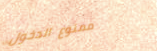
ممنوع الدخول